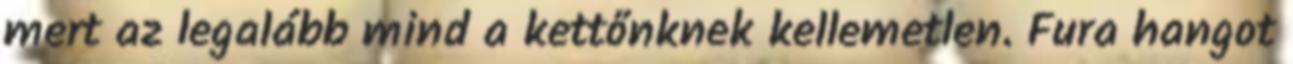
mert az legalább mind a kettőnknek kellemetlen. Fura hangot